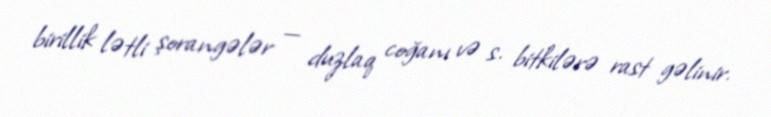
birillik lətli şorangələr — duzlaq coğanı və s. bitkilərə rast gəlinir.